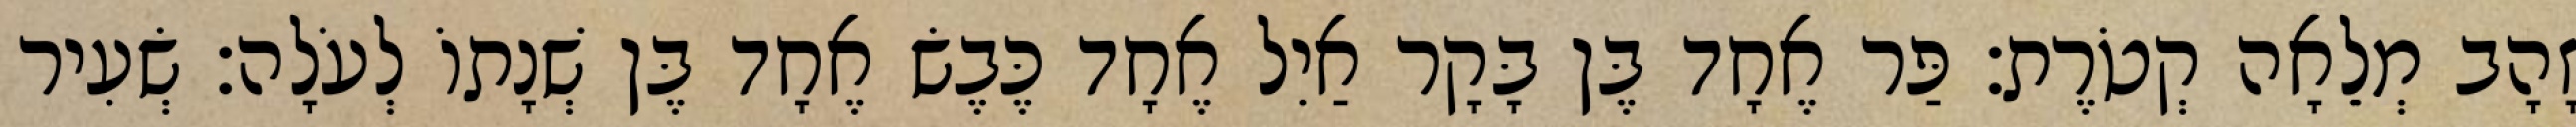
זָהָב מְלֵאָה קְטֹרֶת׃ פַּר אֶחָד בֶּן בָּקָר אַיִל אֶחָד כֶּבֶשׂ אֶחָד בֶּן שְׁנָתוֹ לְעֹלָה׃ שְׂעִיר